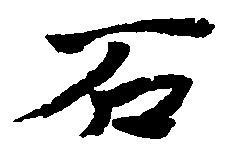
石